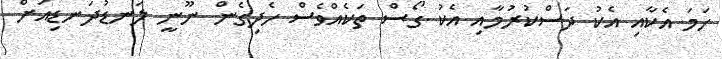
ހަމަ އެކާއި އެކު ދަސްކުރުމާއި އެކު ގޯސް ތަކެއްވެސް ހެދިގެން ނޫނީ ލަނޑުދަނޑިއަށް